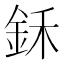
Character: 鉌